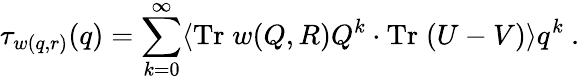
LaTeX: \tau_{w(q,r)}(q)=\sum_{k=0}^{\infty}\langle\mathrm{Tr}\; w(Q,R)Q^{k}\cdot\mathrm{Tr}\; (U-V)\rangle q^{k}\ .